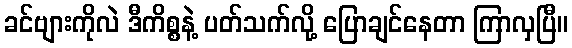
ခင်ဗျားကိုလဲ ဒီကိစ္စနဲ့ ပတ်သက်လို့ ပြောချင်နေတာ ကြာလှပြီ။